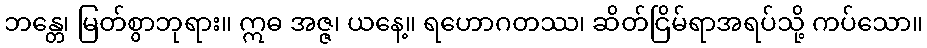
ဘန္တေ၊ မြတ်စွာဘုရား။ ဣဓ အဇ္ဇ၊ ယနေ့။ ရဟောဂတဿ၊ ဆိတ်ငြိမ်ရာအရပ်သို့ ကပ်သော။